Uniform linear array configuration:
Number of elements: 32
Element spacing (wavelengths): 0.75
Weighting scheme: hann
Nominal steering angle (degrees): -45
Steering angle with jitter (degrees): -44.783
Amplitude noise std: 0.05
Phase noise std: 0.05

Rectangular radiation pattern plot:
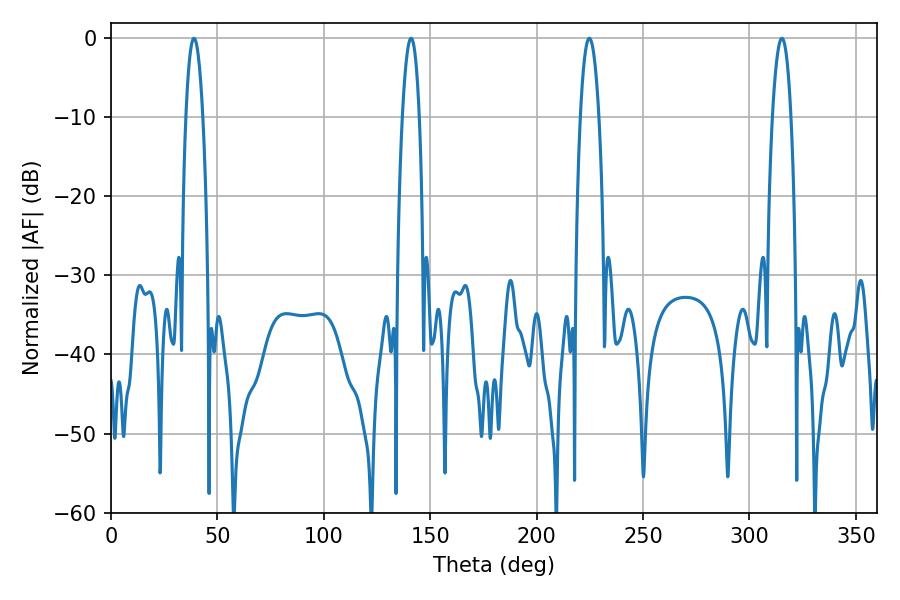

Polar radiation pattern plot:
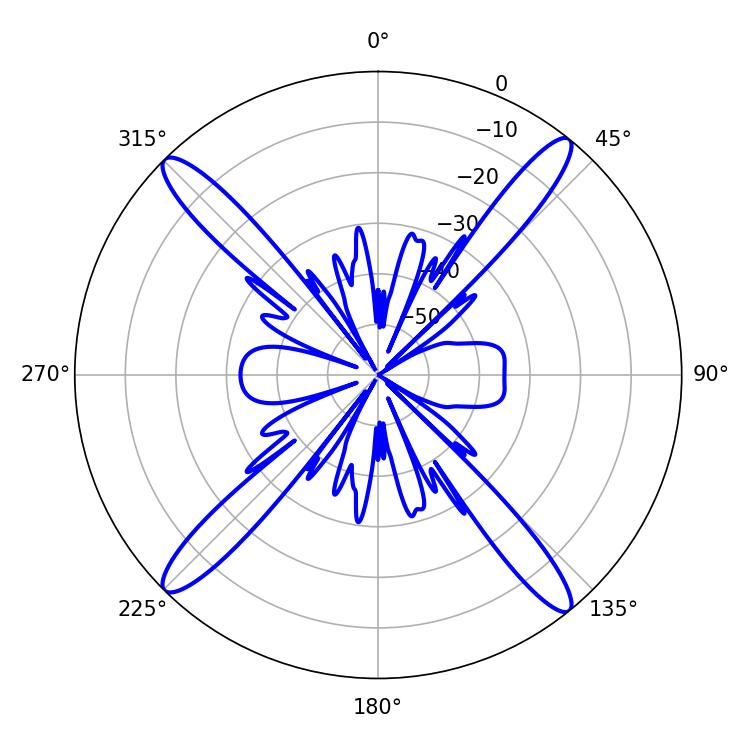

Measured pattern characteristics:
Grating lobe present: TRUE
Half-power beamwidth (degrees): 4.86
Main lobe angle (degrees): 315.18